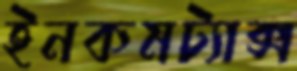
ইনকমট্যাক্স